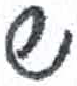
אות: ש